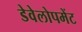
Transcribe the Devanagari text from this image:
डेवेलोपमेंट